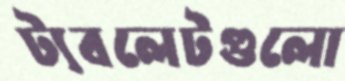
ট্যবলেটগুলো